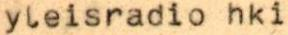
yleisradio hki